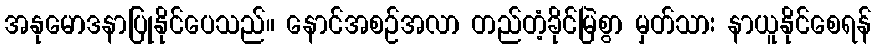
အနုမောဒနာပြုနိုင်ပေသည်။ နောင်အစဉ်အလာ တည်တံ့ခိုင်မြဲစွာ မှတ်သား နာယူနိုင်စေရန်